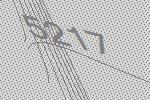
5217